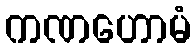
ကဏဟောမံ